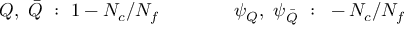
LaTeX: Q , ~ \bar { Q } ~ : ~ 1 - N _ { c } / N _ { f } \qquad \qquad \psi _ { Q } , ~ \psi _ { \bar { Q } } ~ : ~ - N _ { c } / N _ { f }